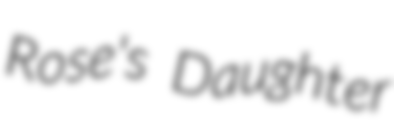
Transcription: Rose's Daughter